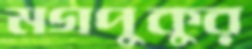
মগপুকুর